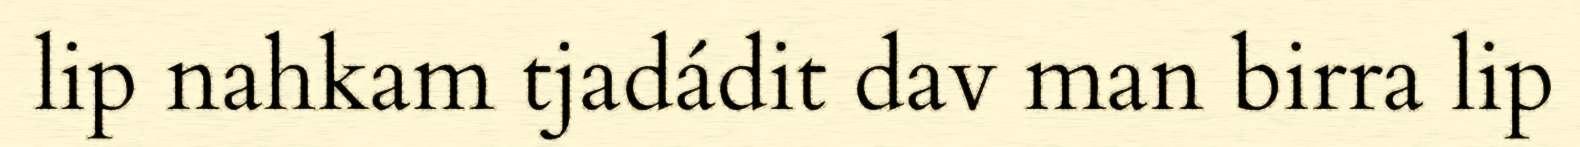
lip nahkam tjadádit dav man birra lip